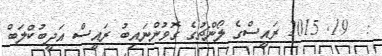
:  19